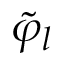
\tilde { \varphi } _ { l }